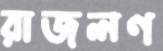
রাজলণ